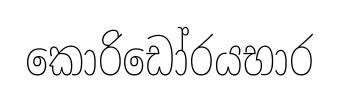
කොරිඩෝරයභාර